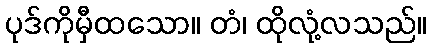
ပုဒ်ကိုမှီထသော။ တံ၊ ထိုလုံ့လသည်။